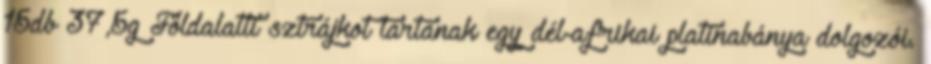
15db 37,5g Földalatti sztrájkot tartanak egy dél-afrikai platinabánya dolgozói.